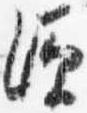
源